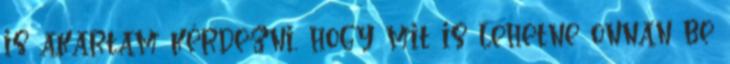
is akartam kérdezni, hogy mit is lehetne onnan be